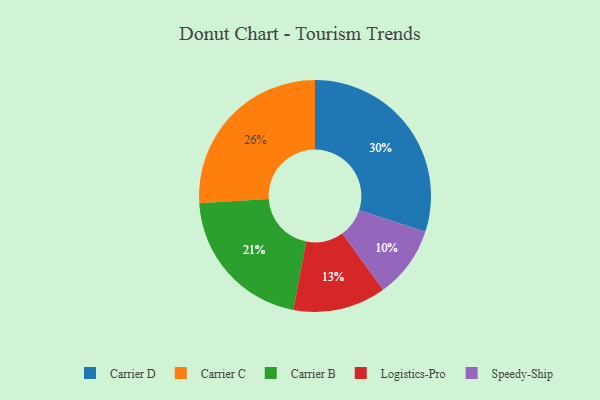
{"axis": {"x": "Category", "y": "Percentage"}, "legend": ["Carrier B", "Carrier C", "Carrier D", "Logistics-Pro", "Speedy-Ship"], "data": [{"x": "Logistics-Pro", "y": 13, "type": "Logistics-Pro"}, {"x": "Speedy-Ship", "y": 10, "type": "Speedy-Ship"}, {"x": "Carrier B", "y": 21, "type": "Carrier B"}, {"x": "Carrier C", "y": 26, "type": "Carrier C"}, {"x": "Carrier D", "y": 30, "type": "Carrier D"}]}